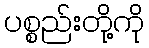
ပစ္စည်းတို့ကို